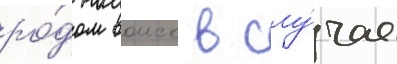
ро́дом воиск в слу́чае